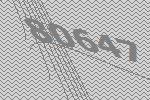
80647